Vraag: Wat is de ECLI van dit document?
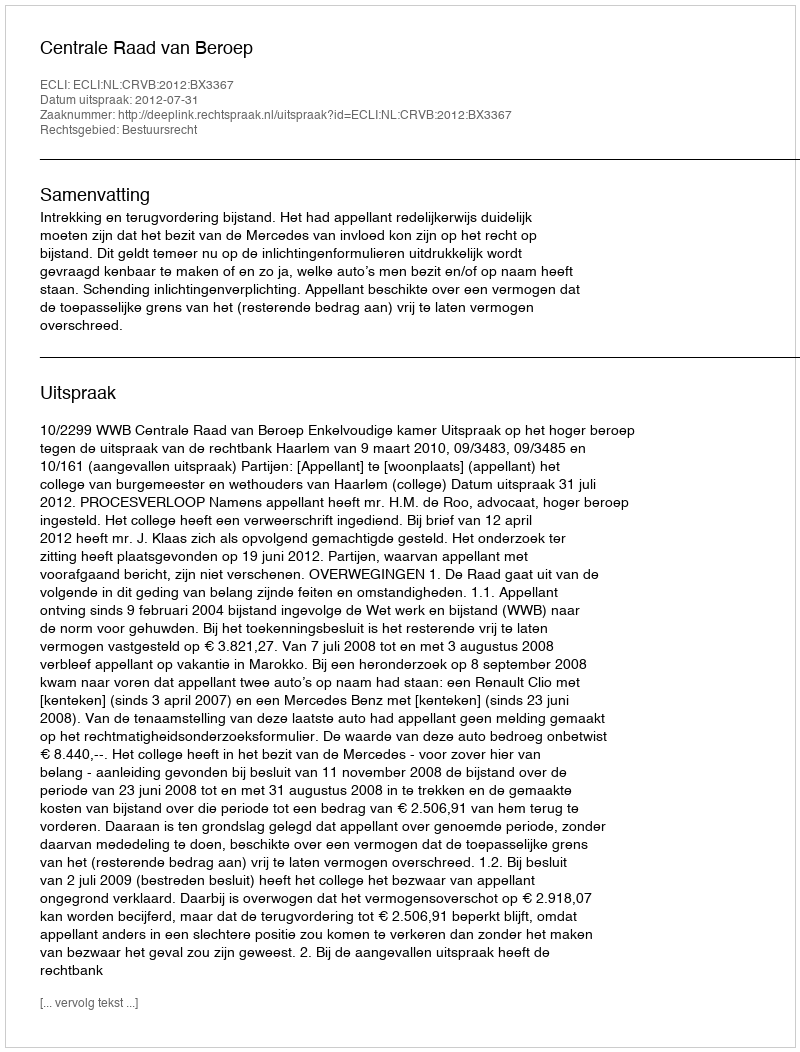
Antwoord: ECLI:NL:CRVB:2012:BX3367